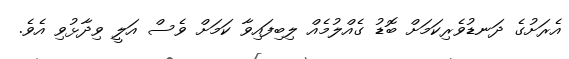
އެރަށުގެ ދަނޑުވެރިކަމަށް ބޮޑު ގެއްލުމެއް ލިބިފައިވާ ކަމަށް ވެސް އަލީ ވިދާޅުވި އެވެ.